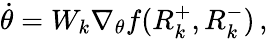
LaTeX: \begin{array}{r}{\dot{\theta}=W_{k}\nabla_{\theta}f(R_{k}^{+},R_{k}^{-})\, ,}\end{array}